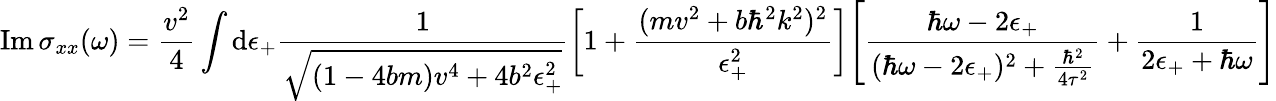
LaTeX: \mathrm{Im}\, \sigma_{xx}(\omega)=\frac{v^{2}}{4}\int\mathrm{d}\epsilon_{+}\frac{1}{\sqrt{(1-4bm)v^{4}+4b^{2}\epsilon_{+}^{2}}}\bigg[1+\frac{(mv^{2}+b\hbar^{2}k^{2})^{2}}{\epsilon_{+}^{2}}\bigg]\Bigg[\frac{\hbar\omega-2\epsilon_{+}}{(\hbar\omega-2\epsilon_{+})^{2}+\frac{\hbar^{2}}{4\tau^{2}}}+\frac{1}{2\epsilon_{+}+\hbar\omega}\Bigg]